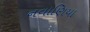
નવાણિયા